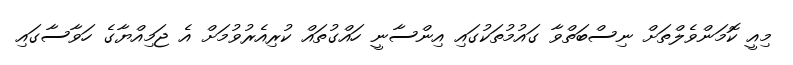
މިއީ ކޮމަންވެލްތަށް ނިސްބަތްވާ ގައުމުތަކުގައި އިންސާނީ ހައްގުތައް ކުރިއެރުވުމަށް އެ ޖަމިއްޔާގެ ހަވާސާގައި